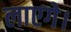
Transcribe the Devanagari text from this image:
लाएगे।